Lunatic asylums United Provinces 1909-1921 - 1909-1921
Year: 1909
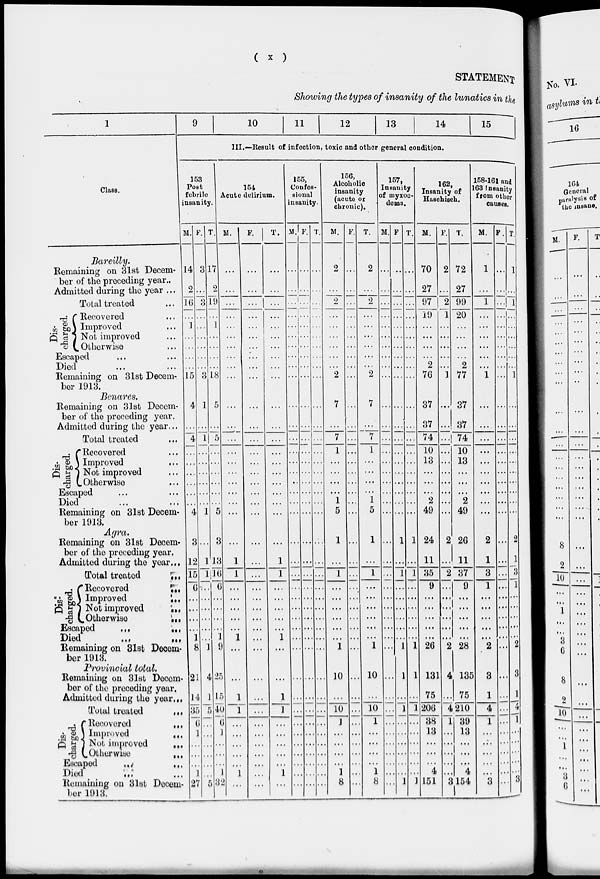
( X )
STATEMENT
Showing the types of insanity of the lunatics in the
9
10
11
12
13
14
15
III.—'Result of infection, toxic and other general condition.
Class.
153
Post
fobrile
insanity.
154
Acute delirium.
M. P. T.
Bareilly.
Remaining on 31st Decem-
ber of the preceding year..
Admitted during the year ...
Total treated
T-J- C Recovered
^ §Q\ Improved
jf| e3 1 Not improved
"3 ^Otherwise
Escaped
Died
Remaining on 31st Decem-
ber 1913.
Benares.
Remaining on 31st Decem-
ber of tho preceding year.
Admitted during the year...
Total treated
.,,
/"Recovered
M.
p.
14
6
3
3
17
19
.a1LH? pr - ovea
p hi Not improved
-g (.Otherwise
Escaped
Died
Remaining on 31st Decem-
ber 1913.
Agra.
Remaining on 31st Decem-
ber of the preceding year.
Admitted during tho year.,,
Total treated
C Recovered
15 3 is
"if \ Improved
• I,
Not improved
p| I.Otherwise
'„,
Escaped
,,,
,,,
Died
Remaining on 31st Decem-
ber 1913.
Provincial total.
Remaining on 31st Decem-
ber of tho preceding year.
Admitted during the year,,,
Total treated
,,,
. rRecovered
,,,
£ gj Improved
Q % 1 Not improved
-§ v.Otherwise
,,,
Escaped
,»;
,,.
Died
r ,',J
Remaining on 31st Decem-
ber 1913,
3
12
3
15
~0
13
[jle
71 o
21
14
35
"5
i
i
27
I
9
25
15
41)
"(I
I
32
I
1
T.
155,
Confes-
sional
insanity.
156,
Alcoholic
insanity
(acute or
chronic).
M. 1 P. T.
1
I
M.
'>
P,
157,
Insanity
of myxoo-
doma.
M.
7
T
5
1_
1
p
5
10
T
162,
Insanity of
Haschisch.
M. P. T.
10
1
8
10
70
27
97
19
2
7G
37
37
74
1 1
10
1
8
10
13
2
49
24
11
158-161 and
163 Insanity
from other
causes.
M.
72
27
99
20
2
77
37
37
_74
10
13
35
9
26
131
75
2
49
2 26
11
2 37
9
206
38
13
4
151
2 28
4 135
75
P. T
1
T
T
4 210
i 39
13
4
3154
3
1
4
T
3
1G4
General
paralysis of
the insane.
M.
8
_2
10
8
2
10
p.
T
w
o